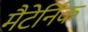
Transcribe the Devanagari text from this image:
मैटेर्निंक